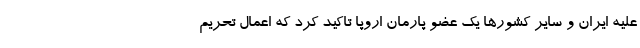
علیه ایران و سایر کشورها یک عضو پارمان اروپا تاکید کرد که اعمال تحریم